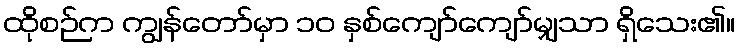
ထိုစဉ်က ကျွန်တော်မှာ ၁၀ နှစ်ကျော်ကျော်မျှသာ ရှိသေး၏။